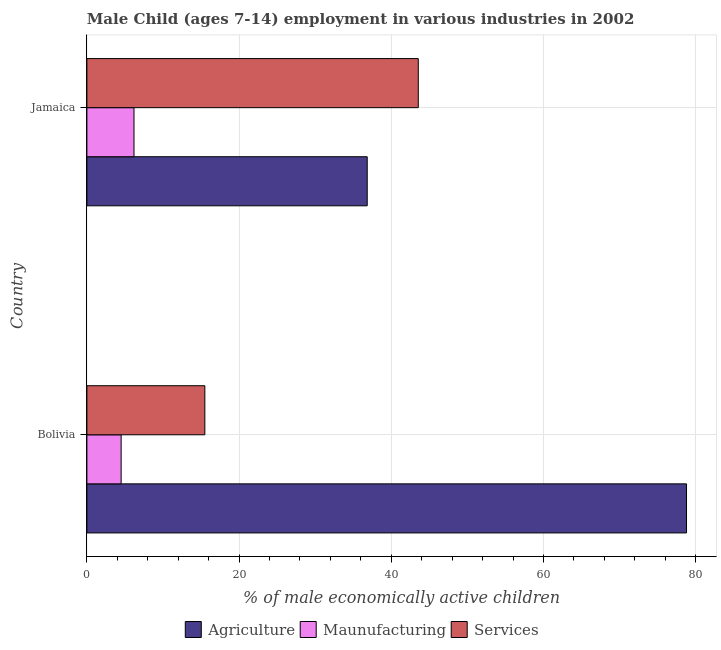
| Country | Agriculture | Maunufacturing | Services |
 | --- | --- | --- | --- |
 | Bolivia | 78.8 | 4.5 | 15.5 |
 | Jamaica | 36.8 | 6.19 | 43.5 |